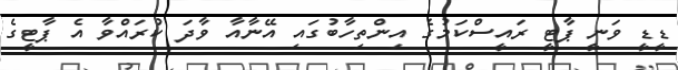
ޑީޑީ ވަނީ ޕާޓީ ރައީސްކަމުގެ އިންތިހާބުގައި އޭނާއާ ވާދަ ކުރައްވާ އެ ޕާޓީގެ